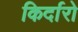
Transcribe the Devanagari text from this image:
किर्दारो